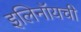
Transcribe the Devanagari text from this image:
इलिनॉयची